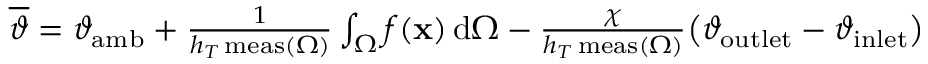
\begin{array} { r } { \overline { { \vartheta } } = \vartheta _ { \mathrm { a m b } } + \frac { 1 } { h _ { T } \, \mathrm { m e a s } ( \Omega ) } \int _ { \Omega } f ( \mathbf { x } ) \, \mathrm { d } \Omega - \frac { \chi } { h _ { T } \, \mathrm { m e a s } ( \Omega ) } \big ( \vartheta _ { \mathrm { o u t l e t } } - \vartheta _ { \mathrm { i n l e t } } \big ) } \end{array}